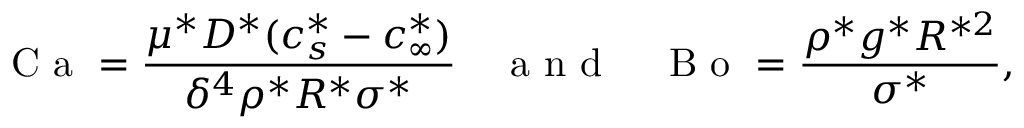
\mathrm { ~ C ~ a ~ } = \frac { \mu ^ { * } D ^ { * } ( c _ { s } ^ { * } - c _ { \infty } ^ { * } ) } { \delta ^ { 4 } \rho ^ { * } R ^ { * } \sigma ^ { * } } \quad \mathrm { ~ a ~ n ~ d ~ } \quad \mathrm { ~ B ~ o ~ } = \frac { \rho ^ { * } g ^ { * } R ^ { * 2 } } { \sigma ^ { * } } ,